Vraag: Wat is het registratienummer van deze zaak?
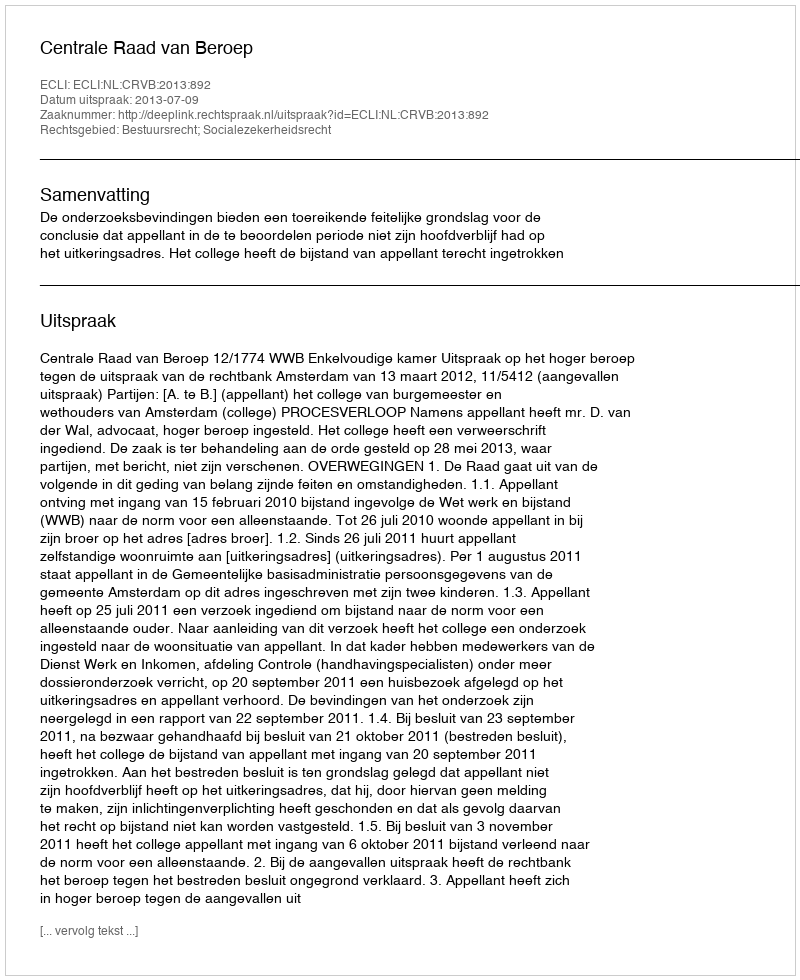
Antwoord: http://deeplink.rechtspraak.nl/uitspraak?id=ECLI:NL:CRVB:2013:892